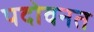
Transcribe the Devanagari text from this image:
पदोवनत